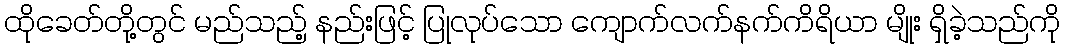
ထိုခေတ်တို့တွင် မည်သည့် နည်းဖြင့် ပြုလုပ်သော ကျောက်လက်နက်ကိရိယာ မျိုး ရှိခဲ့သည်ကို